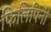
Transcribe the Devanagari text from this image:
फिलिपिनी